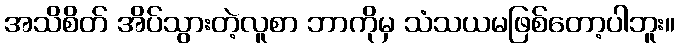
အသိစိတ် အိပ်သွားတဲ့လူစာ ဘာကိုမှ သံသယမဖြစ်တော့ပါဘူး။